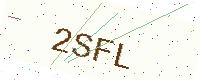
Text: 2SFL